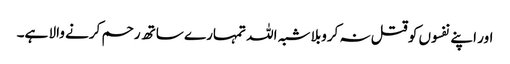
اور اپنے نفسوں کو قتل نہ کروبلا شبہ اللہ تمہارے ساتھ رحم کرنے والا ہے۔